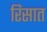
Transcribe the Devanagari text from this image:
रिसात